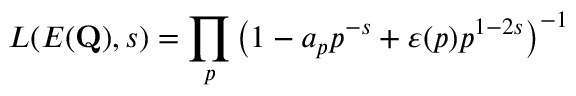
L ( E ( \mathbf { Q } ) , s ) = \prod _ { p } \left( 1 - a _ { p } p ^ { - s } + \varepsilon ( p ) p ^ { 1 - 2 s } \right) ^ { - 1 }